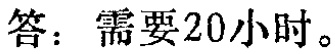
答：需要20小时。